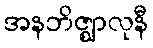
အနဘိဇ္ဈာလုနီ